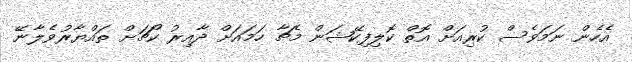
އެހެން ނަމަވެސް ކުރިއަށް އޮތް ކޮލިފިކޭޝަން މެޗާ ހަމައަށް ދާއިރު ކޯޗަށް ތައްޔާރުވެލާނޭ